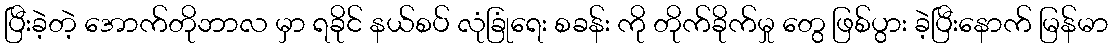
ပြီးခဲ့တဲ့ အောက်တိုဘာလ မှာ ရခိုင် နယ်စပ် လုံခြုံရေး စခန်း ကို တိုက်ခိုက်မှု တွေ ဖြစ်ပွား ခဲ့ပြီးနောက် မြန်မာ